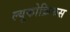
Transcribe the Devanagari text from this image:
ल्यूकोक्रिफस